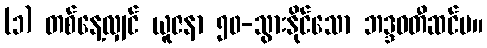
(၁) တစ်နေ့လျှင် ယူဇနာ ၅၀-သွားနိုင်သော ဘဒ္ဒဝတီဆင်မ။